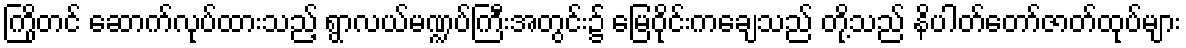
ကြိုတင် ဆောက်လုပ်ထားသည့် ရွာလယ်မဏ္ဍပ်ကြီးအတွင်း၌ မြေဝိုင်းကချေသည် တို့သည် နိပါတ်တော်ဇာတ်ထုပ်များ